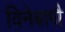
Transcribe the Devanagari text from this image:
विनेबागौ